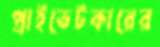
প্রাইভেটকারের